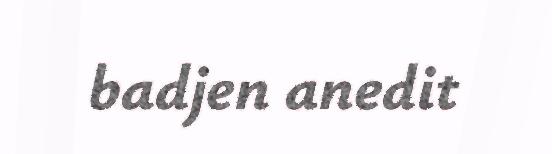
badjen anedit